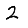
Digit: 2